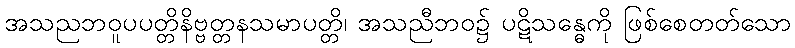
အသညဘဝူပပတ္တိနိဗ္ဗတ္တနသမာပတ္တိ၊ အသညီဘဝ၌ ပဋိသန္ဓေကို ဖြစ်စေတတ်သော